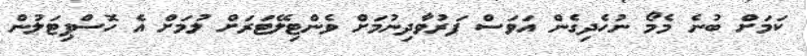
ކަމަށް ބުނެ މެމޯ ނުހެދިގެން އަވަސް ފަރުވާދިނުމަށް ވެންޓިލޭޓަރަށް ލުމަށް އެ ހޮސްޕިޓަލުން